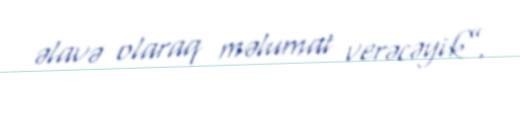
əlavə olaraq məlumat verəcəyik”.